Report on the Nagpur School of Medicine, Central Provinces
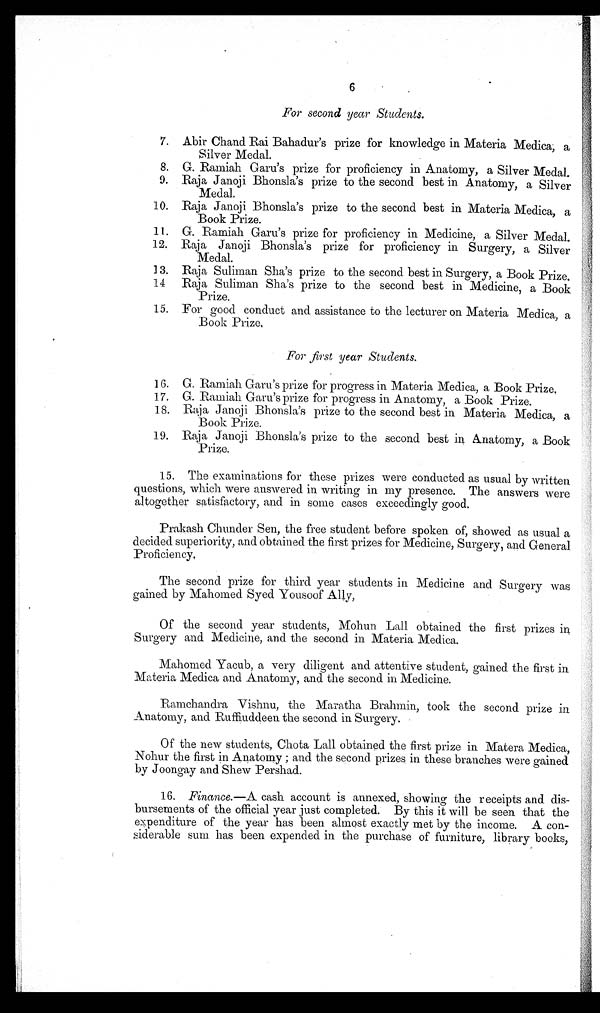
6
For second year Students.
7. Abir Chand Rai Bahadur's prize for knowledge in Materia Medica, a
Silver Medal.
8. G. Ramiah Garu's prize for proficiency in Anatomy, a Silver Medal.
9. Raja Janoji Bhonsla's prize to the second best in Anatomy, a Silver
Medal.
10. Raja Janoji Bhonsla's prize to the second best in Materia Medica,
Book Prize.
11. G. Ramiah Garu's prize for proficiency in Medicine, a Silver Medal.
12. Raja Janoji Bhonsla's prize for proficiency in Surgery, a Silver
Medal.
13. Raja Suliman Sha's prize to the second best in Surgery, a Book Prize.
14.
Raja Suliman Sha's prize to the second best in Medicine, a Book
Prize.
15. For good conduct and assistance to the lecturer on Materia Medica, a
Book Prize.
For first year Students.
16. G. Ramiah Garu's prize for progress in Materia Medica, a Book Prize.
17. G. Ramiah Garu's prize for progress in Anatomy, a Book Prize.
18. Raja Janoji Bhonsla's prize to the second best in Materia Medica, a
Book Prize.
19. Raja Janoji Bhonsla's prize to the second best in Anatomy, a Book
Prize.
15. The examinations for these prizes were conducted as usual by written
questions, which were answered in writing in my presence. The answers were
altogether satisfactory, and in some cases exceedingly good.
Prakash Chunder Sen, the free student before spoken of, showed as usual a
decided superiority, and obtained the first prizes for Medicine, Surgery, and General
Proficiency.
The second prize for third year students in Medicine and Surgery was
gained by Mahomed Syed Yousoof .Ally,
Of the second year students, Mohun Lail obtained the first prizes in
Surgery and Medicine, and the second in Materia Medica.
Mahomed Yacub, a very diligent and attentive student, gained the first in
Materia Medica and Anatomy, and the second in Medicine.
Ramchandra Vishnu, the Maratha Brahmin, took the second prize in
Anatomy, and Ruffiuddeen the second in Surgery.
Of the new students, Chota Lall obtained the first prize in Matera Medica,
Nohur the first in Anatomy; and the second prizes in these branches were gained
by Joongay and Shew Pershad.
16. Finance.—A cash account is annexed, showing the receipts and dis
-bursements of the official year just completed. By this it will be seen that the
expenditure of the year has been almost exactly met by the income. A con
-siderable sum has been expended in the purchase of furniture, library books,